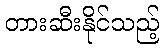
တားဆီးနိုင်သည့်